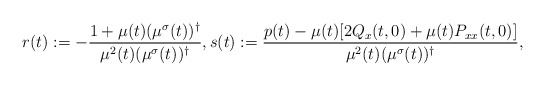
\begin{align*}r(t) := -\frac{1+\mu(t)(\mu^{\sigma}(t))^{\dag}}{\mu^{2}(t)(\mu^{\sigma}(t))^{\dag}},s(t) := \frac{p(t)-\mu(t)[2Q_{x}(t,0)+\mu(t)P_{xx}(t,0)]}{\mu^{2}(t)(\mu^{\sigma}(t))^{\dag}},\end{align*}